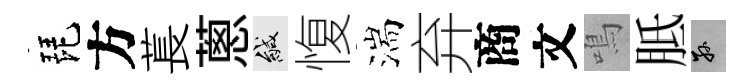
琵方萇蔥緘愎湍弃商文鳴胝孫